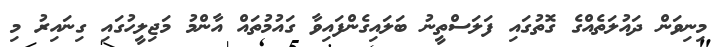
މިނިވަން ދައުލަތެއްގެ ގޮތުގައި ފަލަސްތީނު ބަލައިގެންފައިވާ ގައުމުތައް އާންމު މަޖިލީހުގައި ގިނައިރު މި